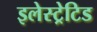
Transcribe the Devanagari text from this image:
इलेस्‍ट्रेटिड